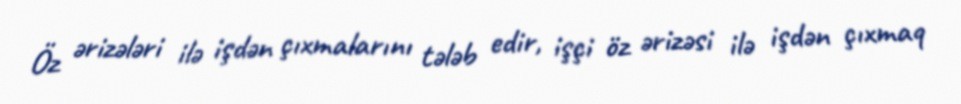
Öz ərizələri ilə işdən çıxmalarını tələb edir, işçi öz ərizəsi ilə işdən çıxmaq